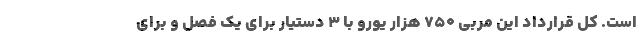
است. کل قرارداد این مربی 750 هزار یورو با 3 دستیار برای یک فصل و برای